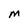
Character: M